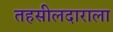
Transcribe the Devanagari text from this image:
तहसीलदाराला